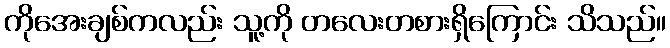
ကိုအေးချစ်ကလည်း သူ့ကို တလေးတစားရှိကြောင်း သိသည်။